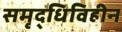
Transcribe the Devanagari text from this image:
समृद्धिविहीन